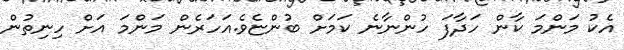
އެކު މަންމަ ކާން ހަދާފަ ހުންނާނެ ކަމަށް ބުންޏެވެ.އަހަރެން މަންމަ އަށް ހިނިތުން